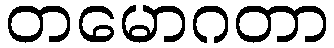
တမောဂတာ